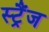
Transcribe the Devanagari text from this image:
स्ट्रैंज